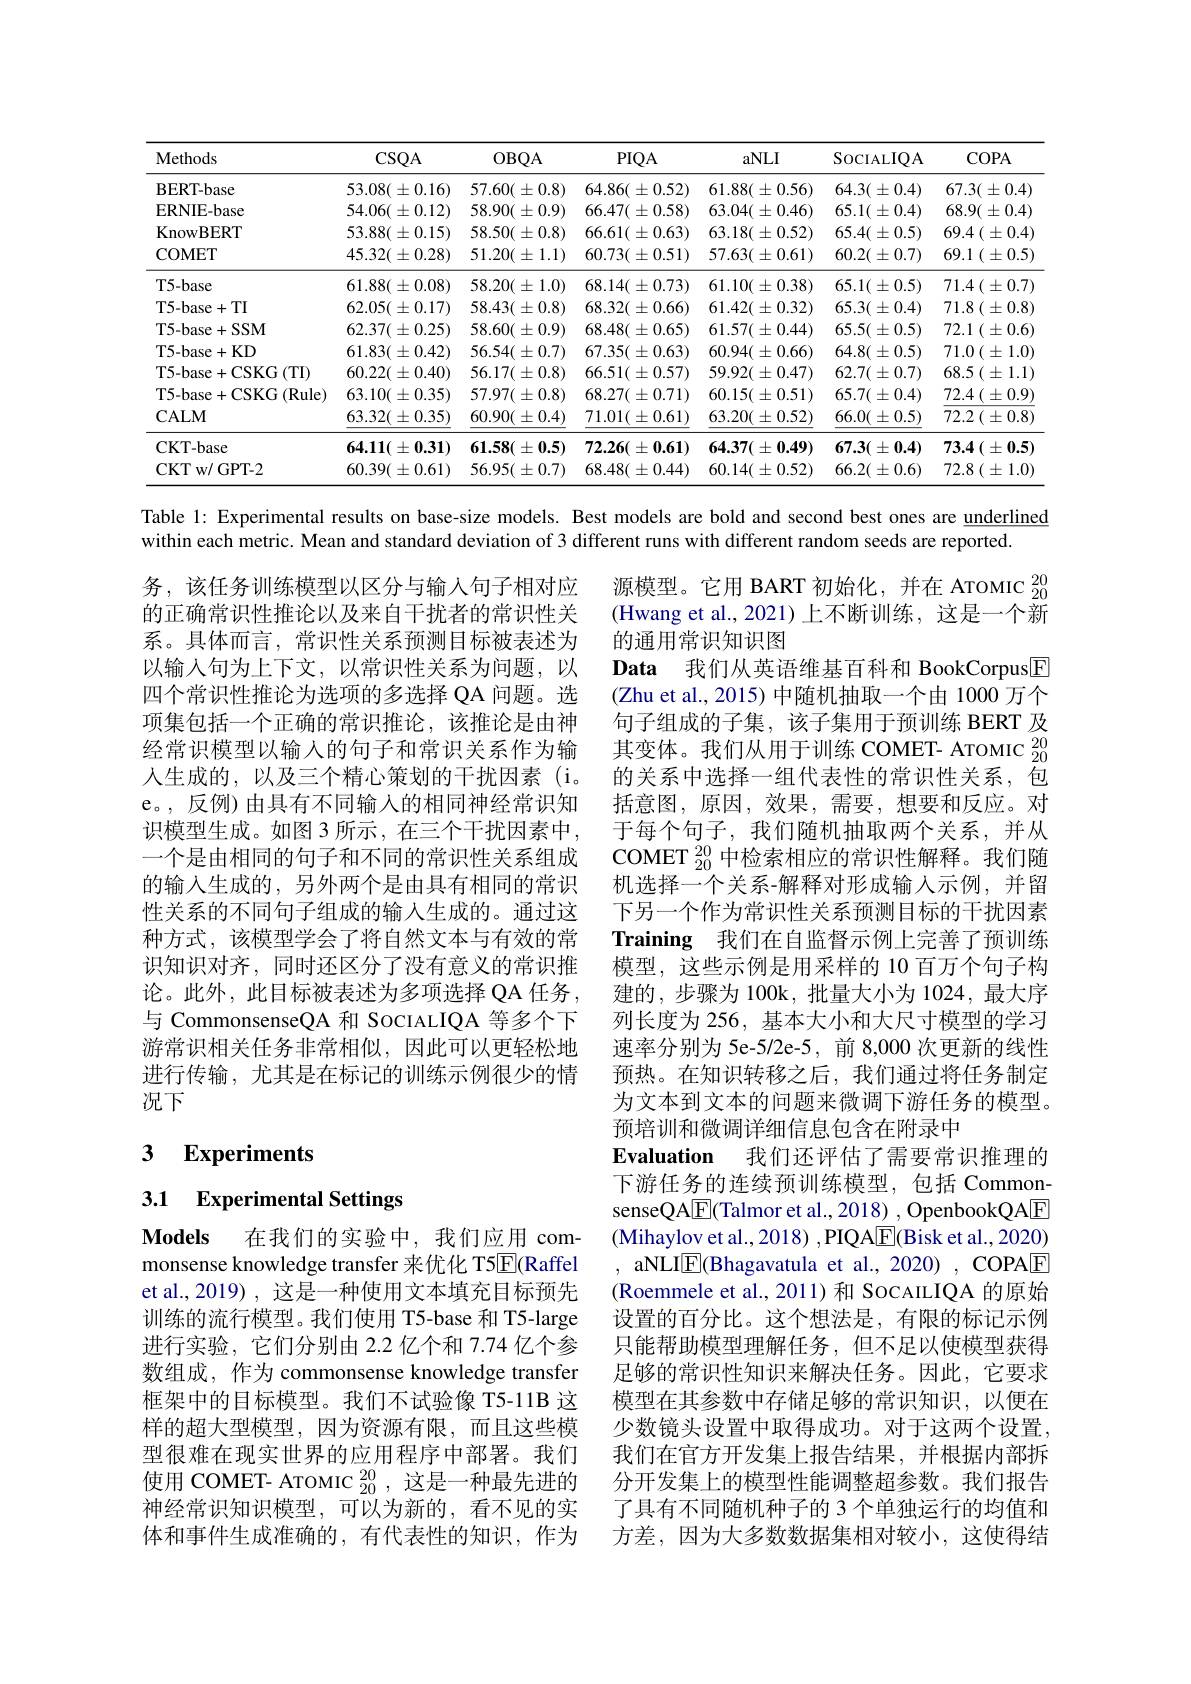
<table>
	<tbody>
		<tr>
			<th>Methods</th>
			<th>$CSQA$</th>
			<th>$OBQA$</th>
			<th>$PIQA$</th>
			<th>aNLI</th>
			<th>$\operatorname{SocIALIQA}$</th>
			<th>$COPA$</th>
		</tr>
		<tr>
			<td>BERT- base</td>
			<td>$53.08(\pm0.16)$</td>
			<td>$57.60(\pm0.8)$</td>
			<td>$64.86(\pm0.52)$</td>
			<td>$61.88(\pm0.56)$</td>
			<td>$64.3(\pm0.4)$</td>
			<td>$67.3(\pm0.4)$</td>
		</tr>
		<tr>
			<td>ERNIE-base</td>
			<td>$54.06(\pm0.12)$</td>
			<td>$58.90(\pm0.9)$</td>
			<td>$66.47(\pm0.58)$</td>
			<td>$63.04(\pm0.46)$</td>
			<td>$65.1(\pm0.4)$</td>
			<td>$68.9(\pm0.4)$</td>
		</tr>
		<tr>
			<td>KnowBERT</td>
			<td>$53.88(\pm0.15)$</td>
			<td>$58.50(\pm0.8)$</td>
			<td>$66.61(\pm0.63)$</td>
			<td>$63.18(\pm0.52)$</td>
			<td>$65.4(\pm0.5)$</td>
			<td>$69.4\left(\pm0.4\right]$</td>
		</tr>
		<tr>
			<td>COMET</td>
			<td>$45.32(\pm0.28)$</td>
			<td>$51.20(\pm1.1)$</td>
			<td>$60.73(\pm0.51)$</td>
			<td>$57.63(\pm0.61)$</td>
			<td>$60.2(\pm0.7)$</td>
			<td>$69.1\left(\pm0.5\right]$</td>
		</tr>
		<tr>
			<td>T5-base</td>
			<td>$61.88(\pm0.08)$</td>
			<td>$58.20(\pm1.0)$</td>
			<td>$68.14(\pm0.73)$</td>
			<td>$61.10(\pm0.38)$</td>
			<td>$65.1(\pm0.5)$</td>
			<td>$71.4\left(\pm0.7\right]$</td>
		</tr>
		<tr>
			<td>T5- base+ TI</td>
			<td>$62.05(\pm0.17)$</td>
			<td>$58.43(\pm0.8)$</td>
			<td>$68.32(\pm0.66)$</td>
			<td>$61.42(\pm0.32)$</td>
			<td>$65.3(\pm0.4)$</td>
			<td>71.8 $( \pm 0. 8$</td>
		</tr>
		<tr>
			<td>T5-base+SSM</td>
			<td>$62.37(\pm0.25)$</td>
			<td>$58.60(\pm0.9)$</td>
			<td>$68.48(\pm0.65)$</td>
			<td>$61.57(\pm0.44)$</td>
			<td>$65.5(\pm0.5)$</td>
			<td>72.1 $( \pm 0. 6]$</td>
		</tr>
		<tr>
			<td>T5- base+ KD</td>
			<td>$61.83(\pm0.42)$</td>
			<td>$56.54(\pm0.7)$</td>
			<td>$67.35(\pm0.63)$</td>
			<td>$60.94(\pm0.66)$</td>
			<td>$64.8(\pm0.5)$</td>
			<td>$71.0\left(\pm1.0\right)$</td>
		</tr>
		<tr>
			<td>T5- base+ CSKG ( TI) </td>
			<td>$60.22(\pm0.40)$</td>
			<td>$56.17(\pm0.8)$</td>
			<td>$66.51(\pm0.57)$</td>
			<td>$59.92(\pm0.47)$</td>
			<td>$62.7(\pm0.7)$</td>
			<td>$68.5\left(\pm1.1\right.$</td>
		</tr>
		<tr>
			<td>T5- base+ CSKG ( Rule) </td>
			<td>$63.10(\pm0.35)$</td>
			<td>$57.97(\pm0.8)$</td>
			<td>$68.27(\pm0.71)$</td>
			<td>$60.15(\pm0.51)$</td>
			<td>$65.7(\pm0.4)$</td>
			<td>72.4 $( \pm 0. 9)$</td>
		</tr>
		<tr>
			<td>$\mathbf{CALM}$</td>
			<td>$63.32(\pm0.35)$</td>
			<td>$60.90(\pm0.4)$</td>
			<td>$71.01(\pm0.61)$</td>
			<td>$63.20(\pm0.52)$</td>
			<td>$66.0(\pm0.5)$</td>
			<td>$72.2\left(\pm0.8\right]$</td>
		</tr>
		<tr>
			<td>CKT- base</td>
			<td>$64.11(\pm0.31)$</td>
			<td>$61.58(\pm0.5)$</td>
			<td>$72.26(\pm0.61)$</td>
			<td>$64.37(\pm0.49)$</td>
			<td>$67.3(\pm0.4)$</td>
			<td>$73.4\left(\pm0.5\right)$</td>
		</tr>
		<tr>
			<td>CKT w/ GPT- 2</td>
			<td>$60.39(\pm0.61)$</td>
			<td>$56.95(\pm0.7)$</td>
			<td>$68.48(\pm0.44)$</td>
			<td>$60.14(\pm0.52)$</td>
			<td>$66.2(\pm0.6)$</td>
			<td>72.8 $( \pm 1. 0)$</td>
		</tr>
	</tbody>
</table>

Table 1: Experimental results on base-size models. Best models are bold and second best ones are underlined

within each metric. Mean and standard deviation of 3 different runs with different random seeds are reported.

务，该任务训练模型以区分与输入句子相对应的正确常识性推论以及来自干扰者的常识性关系。具体而言，常识性关系预测目标被表述为以输入句为上下文，以常识性关系为问题，以四个常识性推论为选项的多选择 QA 问题。选项集包括一个正确的常识推论，该推论是由神经常识模型以输入的句子和常识关系作为输人生成的，以及三个精心策划的干扰因素(i。e。,反例)由具有不同输入的相同神经常识知识模型生成。如图 3 所示，在三个干扰因素中， 一个是由相同的句子和不同的常识性关系组成的输入生成的，另外两个是由具有相同的常识性关系的不同句子组成的输入生成的。通过这种方式，该模型学会了将自然文本与有效的常识知识对齐，同时还区分了没有意义的常识推论。此外，此目标被表述为多项选择 QA 任务， 与 CommonsenseQA 和 SOCIALIQA 等多个下游常识相关任务非常相似，因此可以更轻松地进行传输，尤其是在标记的训练示例很少的情况下

源模型。它用 BART 初始化，并在 ATOMIC $_{20}^{20}$ (Hwang et al.,2021)上不断训练，这是一个新的通用常识知识图
Data 我们从英语维基百科和 BookCorpus$\underline{\mathrm{F}}$ (Zhu et al., 2015) 中随机抽取一个由 1000 万个句子组成的子集，该子集用于预训练 BERT 及其变体。我们从用于训练 COMET- ATOMIC $_{20}^{20}$ 的关系中选择一组代表性的常识性关系，包括意图，原因，效果，需要，想要和反应。对于每个句子，我们随机抽取两个关系，并从COMET $_{20}^{20}$中检索相应的常识性解释。我们随机选择一个关系-解释对形成输人示例，并留下另一个作为常识性关系预测目标的干扰因素Training 我们在自监督示例上完善了预训练模型，这些示例是用采样的 10 百万个句子构建的，步骤为 100k,批量大小为 1024,最大序列长度为 256, 基本大小和大尺寸模型的学习速率分别为 5e-5/2e-5, 前 8,000 次更新的线性预热。在知识转移之后，我们通过将任务制定为文本到文本的问题来微调下游任务的模型。预培训和微调详细信息包含在附录中
Evaluation 我们还评估了需要常识推理的下游任务的连续预训练模型，包括 CommonsenseQA$\boxed{\mathrm{F}}($Talmor et al., 2018) , OpenbookQAE (Mihaylov et al., 2018) , PIQA$\underline{\mathrm{E}}($Bisk et al., 2020) , aNLI$\underline{\mathrm{E}}($Bhagavatula et al.,2020),COPAE (Roemmele et al., 2011) 和 SocAILIQA 的原始设置的百分比。这个想法是，有限的标记示例只能帮助模型理解任务，但不足以使模型获得足够的常识性知识来解决任务。因此，它要求模型在其参数中存储足够的常识知识，以便在少数镜头设置中取得成功。对于这两个设置， 我们在官方开发集上报告结果，并根据内部拆分开发集上的模型性能调整超参数。我们报告了具有不同随机种子的 3 个单独运行的均值和方差，因为大多数数据集相对较小，这使得结

# 3 Experiments

3.1 Experimental Settings

$\textbf{Models}$ 在我们的实验中，我们应用 commonsense knowledge transfer 来优化 T5$\boxed{\mathrm{E}}($Raffel et al.,2019), 这是一种使用文本填充目标预先训练的流行模型。我们使用 T5-base 和 T5-large 进行实验，它们分别由 2.2 亿个和 7.74 亿个参数组成，作为 commonsense knowledge transfer 框架中的目标模型。我们不试验像 T5-11B 这样的超大型模型，因为资源有限，而且这些模型很难在现实世界的应用程序中部署。我们使用 COMET- ATOMIC $_{20}^{20}$,这是一种最先进的神经常识知识模型，可以为新的，看不见的实体和事件生成准确的，有代表性的知识，作为